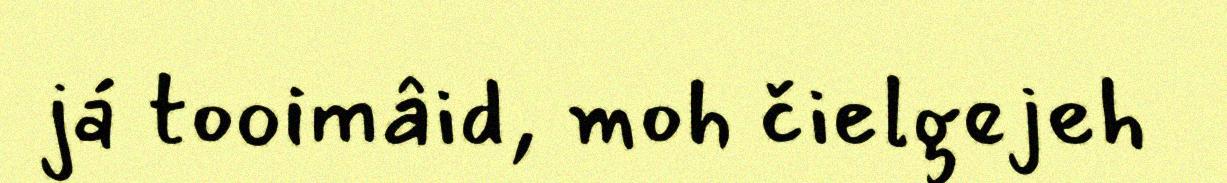
já tooimâid, moh čielgejeh